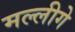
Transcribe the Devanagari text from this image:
मल्लीगे